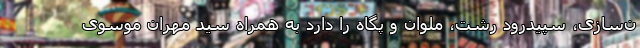
ن‌سازی، سپیدرود رشت، ملوان و پگاه را دارد به همراه سید مهران موسوی